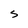
Character: s